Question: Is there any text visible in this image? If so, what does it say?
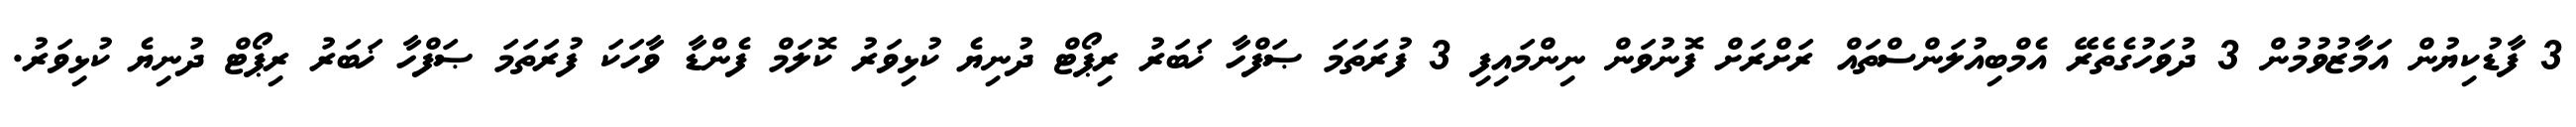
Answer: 3 ފާޑުކިޔުން އަމާޒުވުމުން 3 ދުވަހުގެތެރޭ އެމްބިއުލަންސްތައް ރަށްރަށް ފޮނުވަން ނިންމައިފި 3 ފުރަތަމަ ޞަފްހާ ޚަބަރު ރިޕޯޓް ދުނިޔެ ކުޅިވަރު ކޮލަމް ފެންޑާ ވާހަކަ ފުރަތަމަ ޞަފްހާ ޚަބަރު ރިޕޯޓް ދުނިޔެ ކުޅިވަރު.